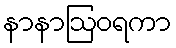
နာနာဩဝရကာ